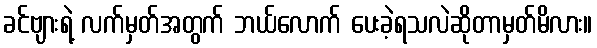
ခင်ဗျားရဲ့ လက်မှတ်အတွက် ဘယ်လောက် ပေးခဲ့ရသလဲဆိုတာမှတ်မိလား။